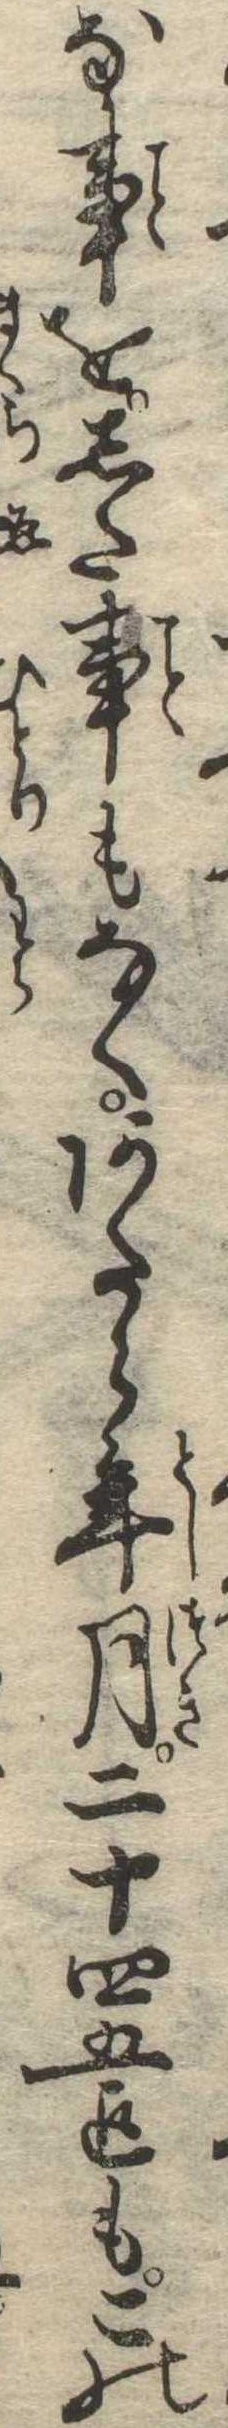
な事をした事もなくあたら年月二十四五迄もこの